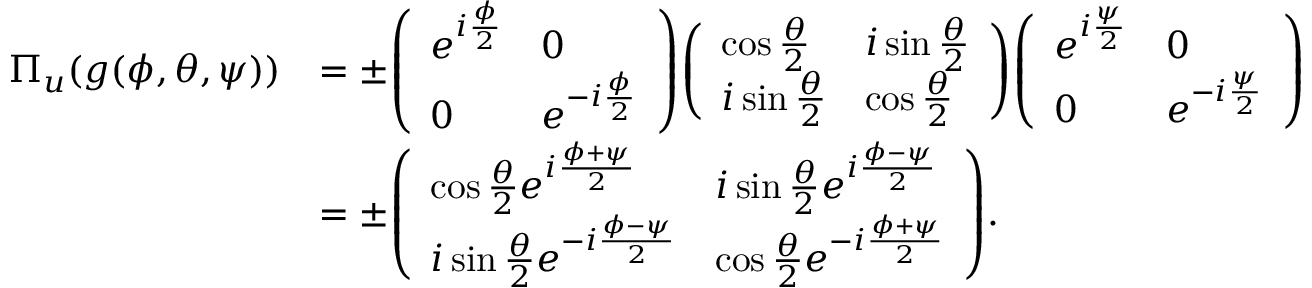
{ \begin{array} { r l } { \Pi _ { u } ( g ( \phi , \theta , \psi ) ) } & { = \pm { \left( \begin{array} { l l } { e ^ { i { \frac { \phi } { 2 } } } } & { 0 } \\ { 0 } & { e ^ { - i { \frac { \phi } { 2 } } } } \end{array} \right) } { \left( \begin{array} { l l } { \cos { \frac { \theta } { 2 } } } & { i \sin { \frac { \theta } { 2 } } } \\ { i \sin { \frac { \theta } { 2 } } } & { \cos { \frac { \theta } { 2 } } } \end{array} \right) } { \left( \begin{array} { l l } { e ^ { i { \frac { \psi } { 2 } } } } & { 0 } \\ { 0 } & { e ^ { - i { \frac { \psi } { 2 } } } } \end{array} \right) } } \\ & { = \pm { \left( \begin{array} { l l } { \cos { \frac { \theta } { 2 } } e ^ { i { \frac { \phi + \psi } { 2 } } } } & { i \sin { \frac { \theta } { 2 } } e ^ { i { \frac { \phi - \psi } { 2 } } } } \\ { i \sin { \frac { \theta } { 2 } } e ^ { - i { \frac { \phi - \psi } { 2 } } } } & { \cos { \frac { \theta } { 2 } } e ^ { - i { \frac { \phi + \psi } { 2 } } } } \end{array} \right) } . } \end{array} }